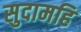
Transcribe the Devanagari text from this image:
सुदामहि